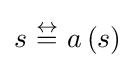
s~{\overset {\leftrightarrow }{=}}~a\left(s\right)